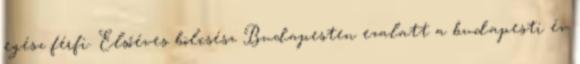
egész férfi. Elsőéves bölcsész Budapesten ezalatt a budapesti év